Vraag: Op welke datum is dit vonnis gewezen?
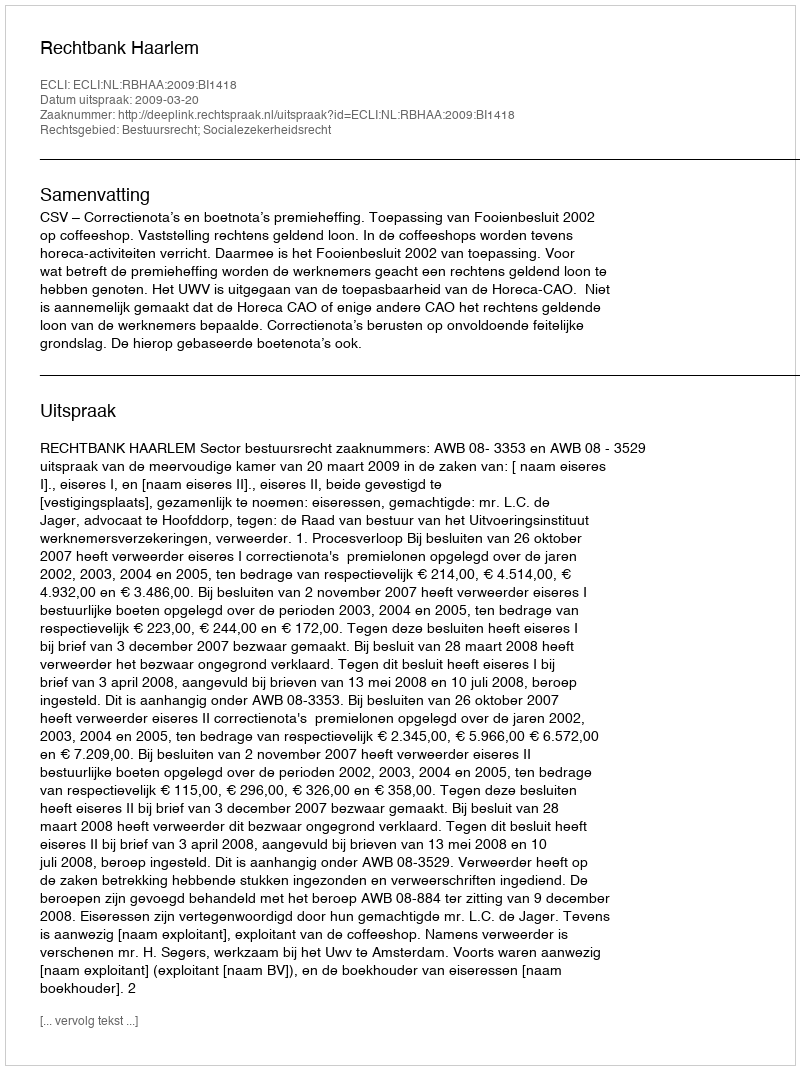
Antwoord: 2009-03-20